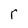
Character: r